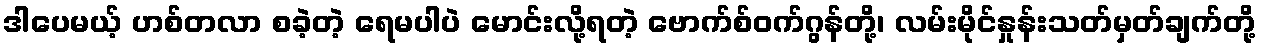
ဒါပေမယ့် ဟစ်တလာ စခဲ့တဲ့ ရေမပါပဲ မောင်းလို့ရတဲ့ ဗောက်စ်ဝက်ဂွန်တို့၊ လမ်းမိုင်နှုန်းသတ်မှတ်ချက်တို့